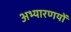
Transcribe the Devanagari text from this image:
अभ्यारणयों